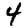
Digit: 4